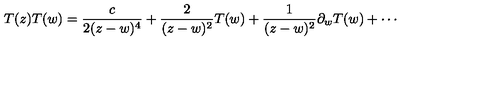
T ( z ) T ( w ) = \frac { c } { 2 ( z - w ) ^ { 4 } } + \frac { 2 } { ( z - w ) ^ { 2 } } T ( w ) + \frac { 1 } { ( z - w ) ^ { 2 } } \partial _ { w } T ( w ) + \cdots